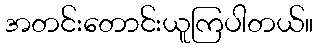
အတင်းတောင်းယူကြပါတယ်။